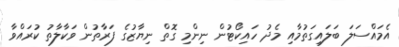
އެމައްސަލަ ބަލައިގަތުމާއި މެދު ހައިކޯޓުން ނިންމި ގޮތް ނިޔާޒުގެ ފަރާތުން ވަކާލާތު ކުރައްވާ